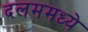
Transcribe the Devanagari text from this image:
दलममध्ये